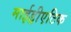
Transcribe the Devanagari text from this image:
माईड्रीएटिक